Madras plague regulations in force outside the Presidency town - Volume 2
Disease focus: Plague
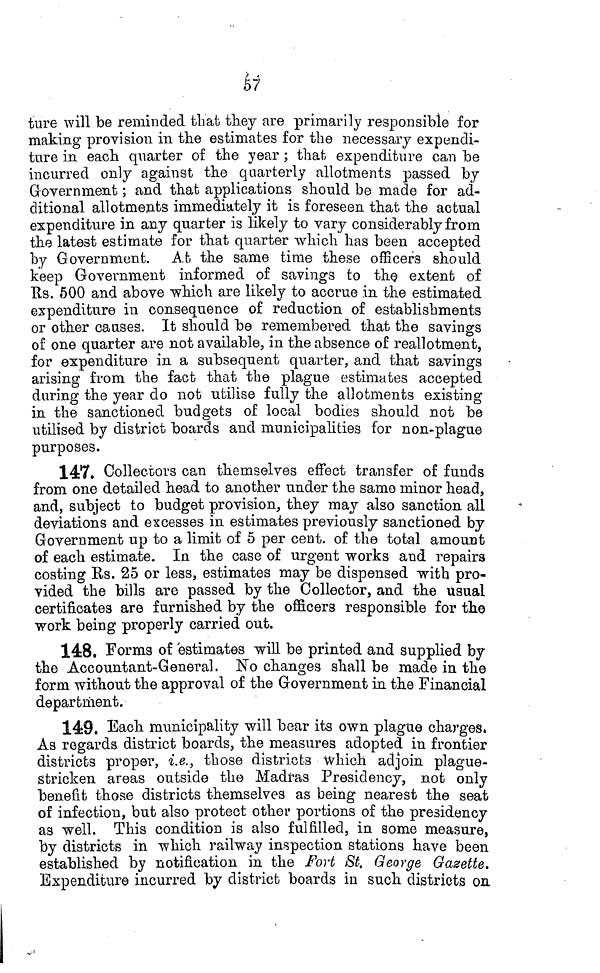
67
ture will be reminded that they are primarily responsible for
making provision in the estimates for the necessary expendi-
ture in each quarter of the year ; that expenditure can be
incurred only against the quarterly allotments passed by
Government ; and that applications should be made for ad-
ditional allotments immediately it is foreseen that the actual
expenditure in any quarter is likely to vary considerably from
the latest estimate for that quarter which has been accepted
by Government. At the same time these officers should
keep Government informed of savings to the extent of
Rs. 500 and above which are likely to accrue in the estimated
expenditure in consequence of reduction of establishments
or other causes. It should be remembered that the savings
of one quarter are not available, in the absence of reallotment,
for expenditure in a subsequent quarter, and that savings
arising from the fact that the plague estimates accepted
during the year do not utilise fully the allotments existing
in the sanctioned budgets of local bodies should not be
utilised by district boards and municipalities for non-plague
purposes.
147. Collectors can themselves effect transfer of funds
from one detailed head to another under the samo minor head,
and, subject to budget provision, they may also sanction all
deviations and excesses in estimates previously sanctioned by
Government up to a limit of 5 per cent, of the total amount
of each estimate. In the case of urgent works and repairs
costing Rs. 25 or less, estimates may be dispensed -with pro-
vided the bills are passed by the Collector, and the usual
certificates are furnished by the officers responsible for the
work being properly carried out.
148. Forms of estimates win be printed and supplied by
the Accountant-General. No changes shall be made in the
form without the approval of the Government in the Financial
department.
149. Each municipality will bear its own plague charges.
As regards district boards, the measures adopted in frontier
districts proper, i.e., those districts which adjoin plague-
Stricken areas outside the Madras Presidency, not only
benefit those districts themselves as being nearest the seat
of infection, but also protect other portions of the presidency
as well. This condition is also fulfilled, in some measure,
by districts in which railway inspection stations have been
established by notification in the Fort St. George Gazette.
Expenditure incurred by district boards in such districts on